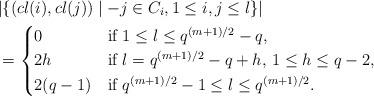
LaTeX: \begin{align*}&|\{(cl(i),cl(j)) \mid -j \in C_i, 1\le i,j\le l\}| \\&= \begin{cases}0 & \mbox{if $1 \le l \le q^{(m+1)/2}-q$}, \\2h & \mbox{if $l=q^{(m+1)/2}-q+h$, $1 \le h \le q-2$}, \\2(q-1) & \mbox{if $q^{(m+1)/2}-1\le l\le q^{(m+1)/2}$}.\end{cases}\end{align*}